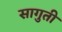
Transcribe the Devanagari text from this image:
सागुती